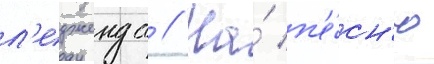
л'едженда // На́ п'е́сн'ю